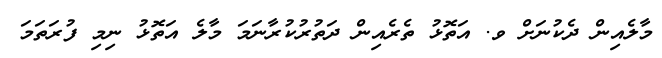
މާލެއިން ދެކުނަށް ވ. އަތޮޅު ތެރެއިން ދަތުރުކުރާނަމަ މާލެ އަތޮޅު ނިމި ފުރަތަމަ